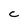
Character: c